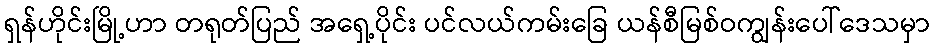
ရှန်ဟိုင်းမြို့ဟာ တရုတ်ပြည် အရှေ့ပိုင်း ပင်လယ်ကမ်းခြေ ယန်စီမြစ်ဝကျွန်းပေါ်ဒေသမှာ